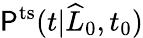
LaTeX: \mathsf{P}^{\mathrm{{ts}}}(t|\widehat{{L}}_{0},t_{0})